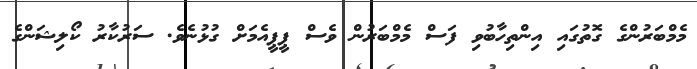
މެމްބަރުންގެ ގޮތުގައި އިންތިހާބުވި ފަސް މެމްބަރުން ވެސް ޕީޕީއެމަށް ގުޅުނެެވެ. ސަރުކާރު ކޯލިޝަންގެ